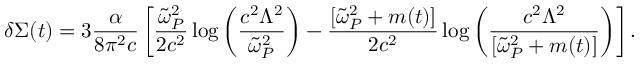
\delta \Sigma ( t ) = { 3 } \frac { \alpha } { { 8 } \pi ^ { 2 } c } \left[ \frac { \tilde { \omega } _ { P } ^ { 2 } } { 2 c ^ { 2 } } \log \left( \frac { c ^ { 2 } \Lambda ^ { 2 } } { \tilde { \omega } _ { P } ^ { 2 } } \right) - \frac { [ \tilde { \omega } _ { P } ^ { 2 } + m ( t ) ] } { 2 c ^ { 2 } } \log \left( \frac { c ^ { 2 } \Lambda ^ { 2 } } { [ \tilde { \omega } _ { P } ^ { 2 } + m ( t ) ] } \right) \right] .